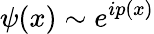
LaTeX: \psi(x)\sim e^{ip(x)}